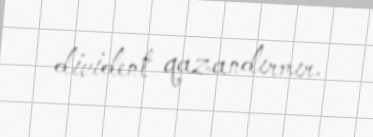
divident qazandırmır.